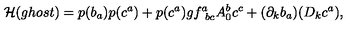
{ \cal H } ( g h o s t ) = p ( b _ { a } ) p ( c ^ { a } ) + p ( c ^ { a } ) g f _ { \ b c } ^ { a } A _ { 0 } ^ { b } c ^ { c } + ( \partial _ { k } b _ { a } ) ( D _ { k } c ^ { a } ) ,